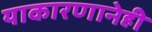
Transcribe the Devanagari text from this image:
याकारणानेही